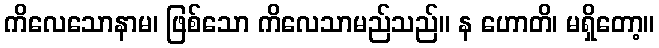
ကိလေသောနာမ၊ ဖြစ်သော ကိလေသာမည်သည်။ န ဟောတိ၊ မရှိတော့။